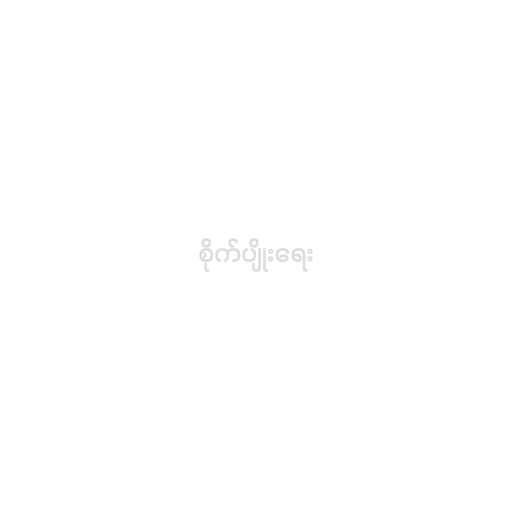
စိုက်ပျိုးရေး